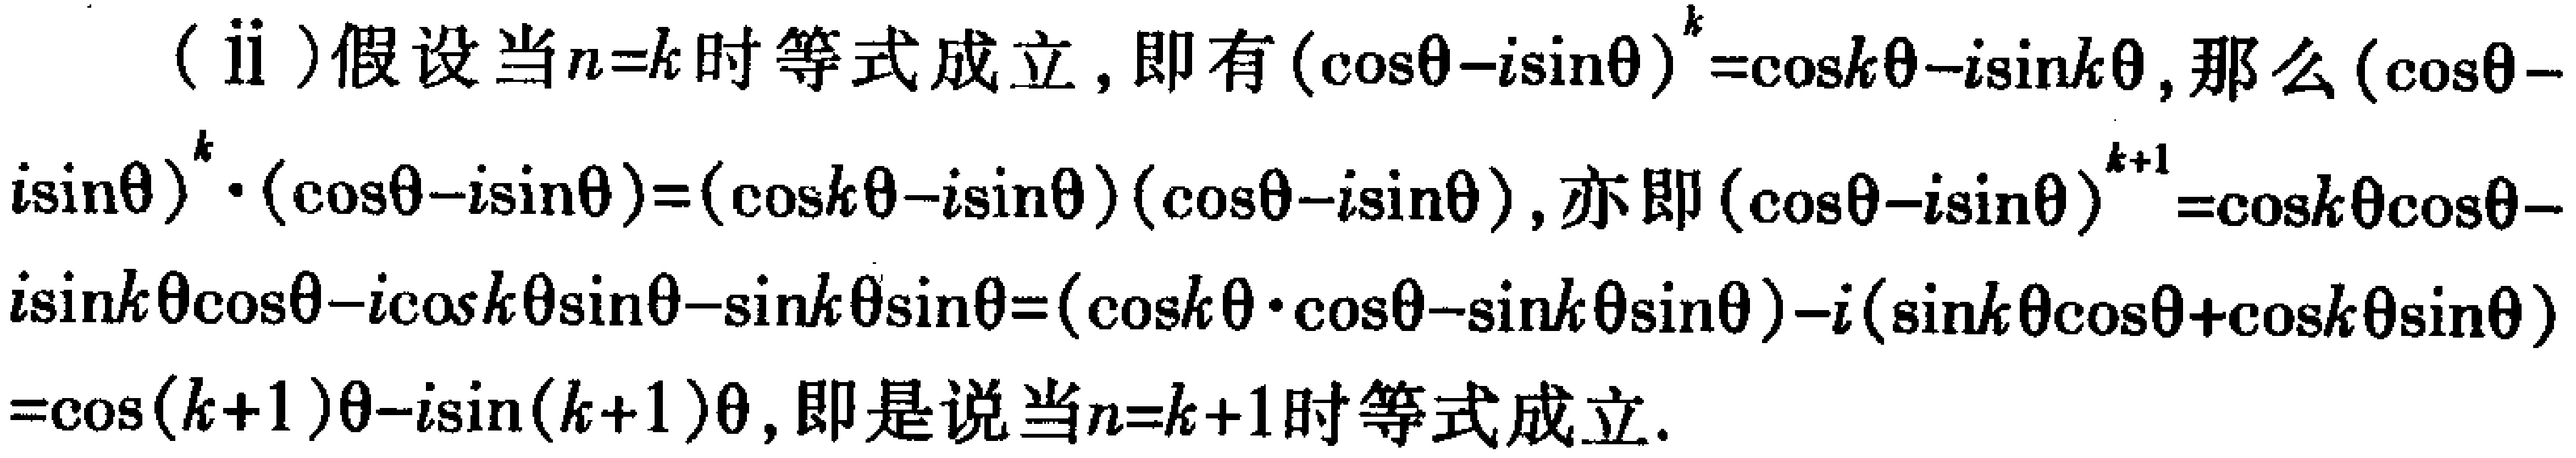
(ii)假设当\(n = k\)时等式成立，即有\((\cos\theta - i\sin\theta)^k=\cos k\theta - i\sin k\theta\)，那么\((\cos\theta - i\sin\theta)^k\cdot(\cos\theta - i\sin\theta)=(\cos k\theta - i\sin\theta)(\cos\theta - i\sin\theta)\)，亦即\((\cos\theta - i\sin\theta)^{k + 1}=\cos k\theta\cos\theta - i\sin k\theta\cos\theta - i\cos k\theta\sin\theta - \sin k\theta\sin\theta=(\cos k\theta\cdot\cos\theta - \sin k\theta\sin\theta)-i(\sin k\theta\cos\theta + \cos k\theta\sin\theta)=\cos(k + 1)\theta - i\sin(k + 1)\theta\)，即是说当\(n = k + 1\)时等式成立。